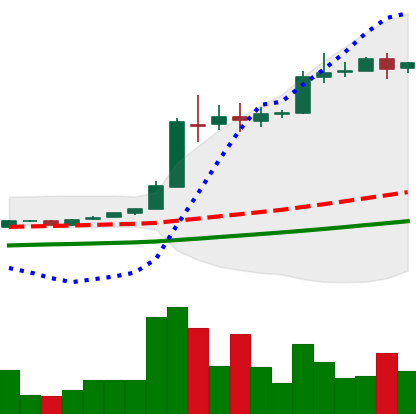
Ticker: BTC-USD
Chart end date: 2016-06-08
Forward return: 21.101%
Label: up_7plus